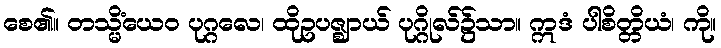
စေ၏။ တသ္မိံယေဝ ပုဂ္ဂလေ၊ ထိုဥပဇ္ဈာယ် ပုဂ္ဂိုလ်၌သာ။ ဣဒံ ပါစိတ္တိယံ၊ ကို။